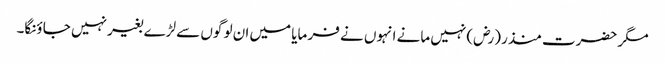
مگر حضرت منذر (رض) نہیں مانے انہوں نے فر مایا میں ان لو گوں سے لڑے بغیر نہیں جا ؤنگا۔